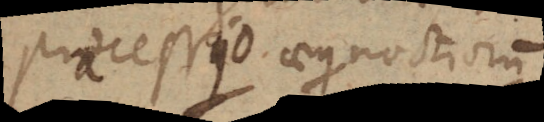
praecessio aequinoctiorum